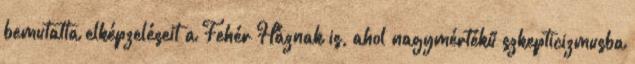
bemutatta elképzeléseit a Fehér Háznak is, ahol nagymértékű szkepticizmusba